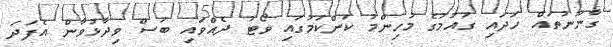
ގާނޫނުތައް ހަދައި ގައުމުގެ މުހިންމު ކަންކަމުގައި ވޯޓު ދެއްވައި ބަސް ވިދާޅުވާން އެފަދަ